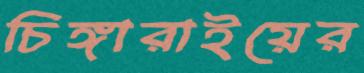
চিঙ্গারাইয়ের